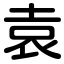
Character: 袁